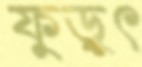
ফুড়ুৎ